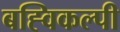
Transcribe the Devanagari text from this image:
बह्विकल्पी